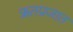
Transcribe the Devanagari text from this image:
ऋतप्रजात